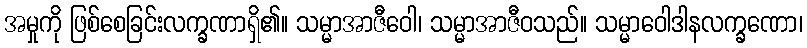
အမှုကို ဖြစ်စေခြင်းလက္ခဏာရှိ၏။ သမ္မာအာဇီဝေါ၊ သမ္မာအာဇီဝသည်။ သမ္မာဝေါဒါနလက္ခဏော၊